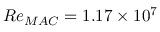
R e _ { M A C } = 1 . 1 7 \times 1 0 ^ { 7 }